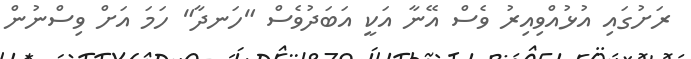
ރަށުގައި އުޅުއްވިއިރު ވެސް އޭނާ އަކީ އަބަދުވެސް "ހަނދާ" ހަމަ އަށް ވިސްނުން